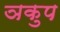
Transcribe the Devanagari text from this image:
ञकुप